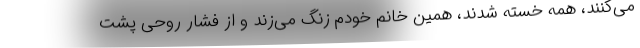
می‌کنند، همه خسته شدند، همین خانم خودم زنگ می‌زند و از فشار روحی پشت